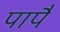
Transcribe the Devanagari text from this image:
पापै